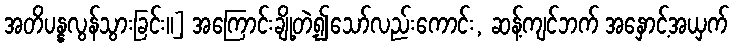
အတိပန္နလွန်သွားခြင်း။] အကြောင်းချို့တဲ့၍သော်လည်းကောင်း, ဆန့်ကျင်ဘက် အနှောင့်အယှက်